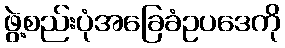
ဖွဲ့စည်းပုံအခြေခံဥပဒေကို